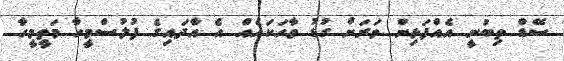
ސޭޑް ތިބުނީ އެއްފަޅިން ވަރަށް ގުޑު ވާހަކައެއް އެ އާދައިގެ ފުލުސްމީހާ މަތީމީހާ